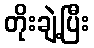
တိုးချဲ့ပြီး